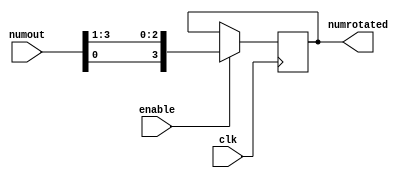
module shiftright(clk, enable, numout, numrotated);
	input clk, enable;
	input [3:0] numout;

	output reg [3:0] numrotated;

	always @(posedge clk) begin
		if (enable) begin
			// reset
			numrotated <= {numout[0], numout[3:1]};

		end
		else
			numrotated <= numrotated;
	end
endmodule

module rotator(clk, enable, numout, numrotated);

	input clk, enable;
	input [3:0] numout;

	output [3:0] numrotated;
	wire [3:0] numrotated_tmp;

	generate
		genvar i;
		
		shiftright shr1 (clk, enable, numout, numrotated_tmp);
		shiftright shr2 (clk, enable, numrotated_tmp, numrotated);

	endgenerate
endmodule